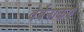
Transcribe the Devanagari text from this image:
वेर्बेनाकेऐ